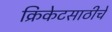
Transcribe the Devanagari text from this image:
क्रिकेटसाठीचे